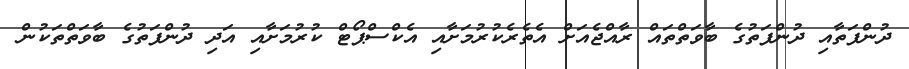
ދުންފަތާއި ދުންފަތުގެ ބާވަތްތައް ރާއްޖެއަށް އެތެރެކުރުމަށާއި އެކްސްޕޯޓް ކުރުމަށާއި އަދި ދުންފަތުގެ ބާވަތްތަކުން